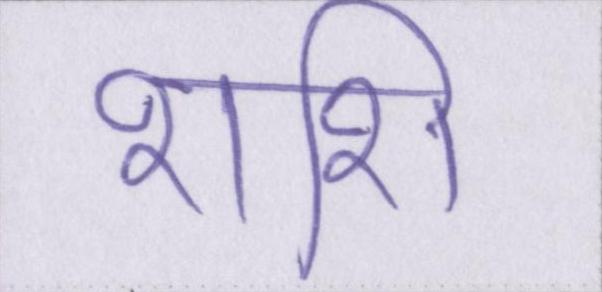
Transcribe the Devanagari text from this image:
शशि